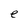
Character: e